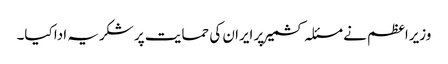
وزیراعظم نے مسئلہ کشمیر پر ایران کی حمایت پر شکریہ ادا کیا۔